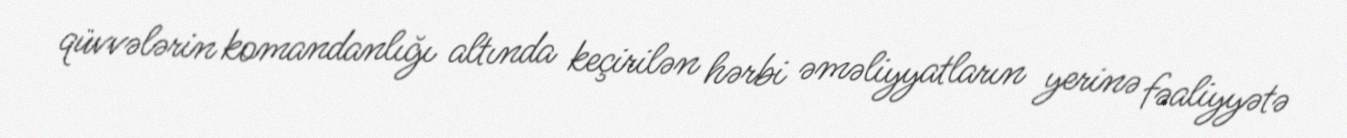
qüvvələrin komandanlığı altında keçirilən hərbi əməliyyatların yerinə fəaliyyətə